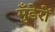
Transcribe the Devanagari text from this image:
मुँडेरों